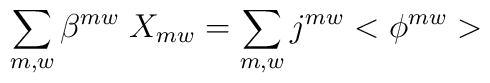
\sum_{m,w} \beta^{mw} \; X_{mw} = \sum_{m,w} j^{mw}  < \phi^{mw} > \;